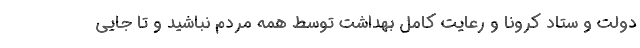
دولت و ستاد کرونا و رعایت کامل بهداشت توسط همه مردم نباشید و تا جایی